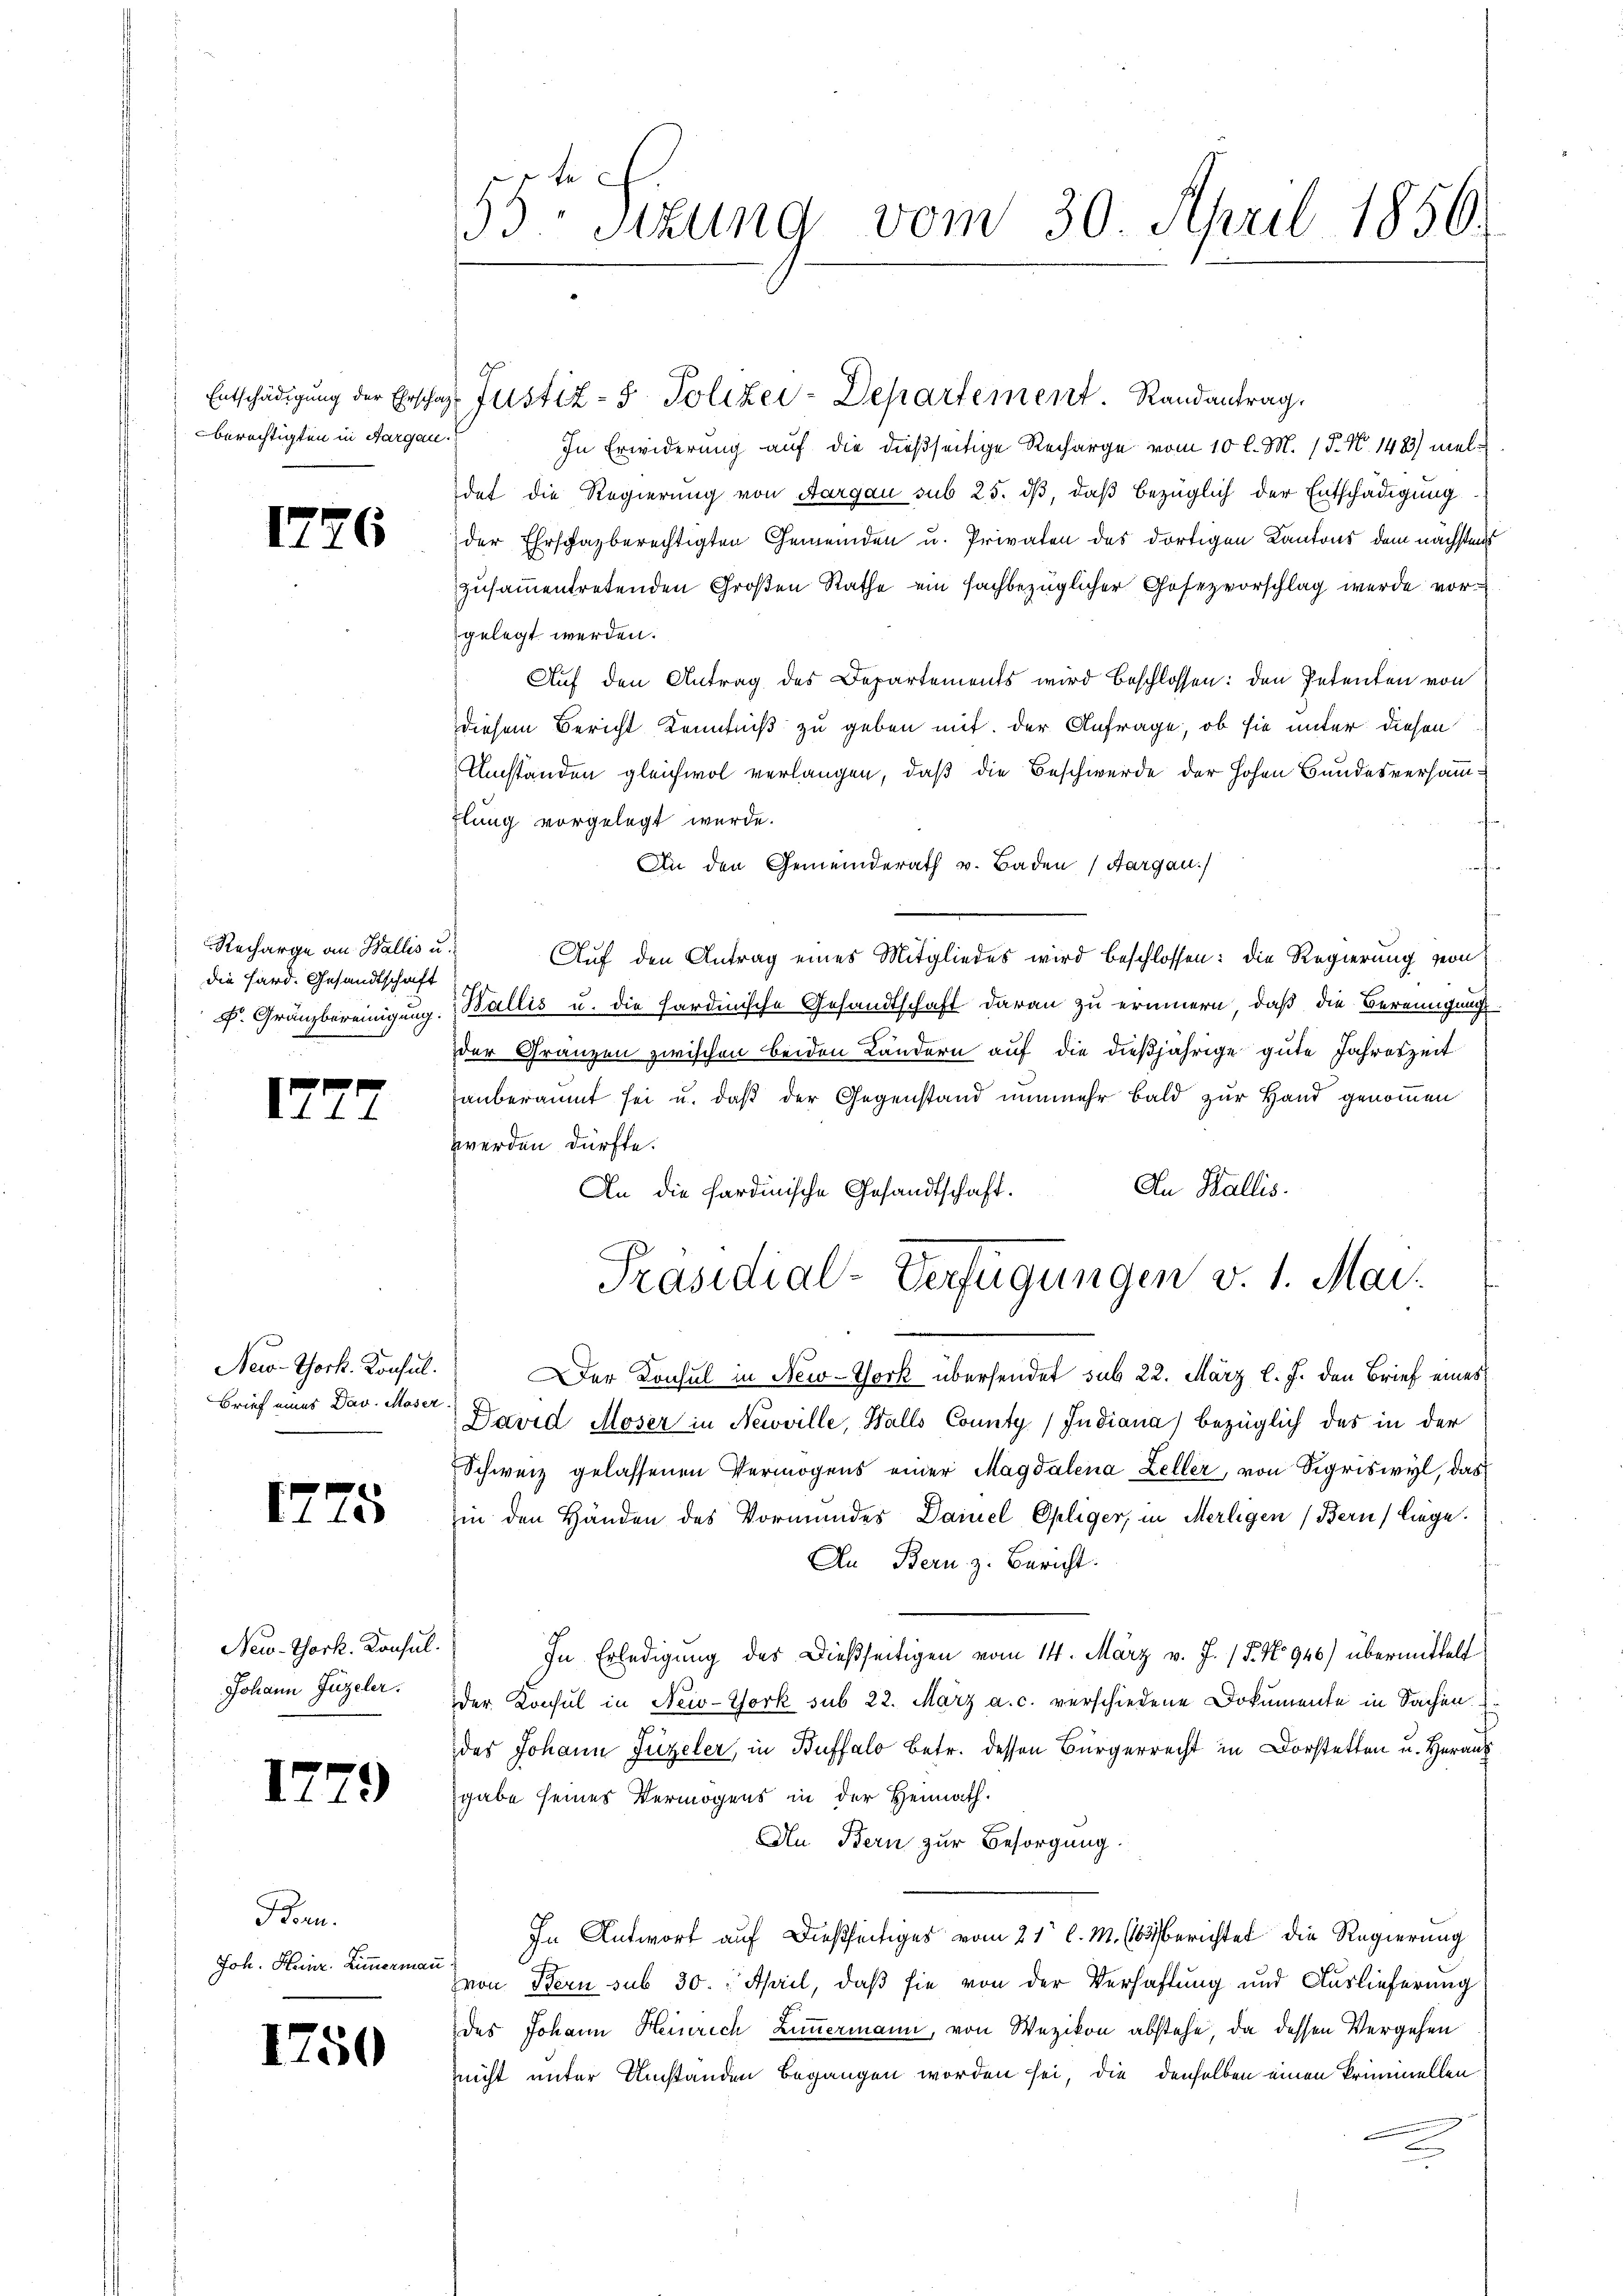
Entschädigung der Ehrschaf
berechtigten in Aargau.

1776

Recharge an Wallis u.
die Sard. Gesandtschaft
F. Gränzbereinigung.

172

2

New-York. Konsul.
Brief eines Dav. Moser

5

New-York. Konsul
Johann Jüzeler.

2)

Bonn.
Joh. Heinr. Zimmermann

1750

55 Sitzung vom 30. April 1856

In Erwiderung auf die dießseitige Recharge vom 10 l. M. (§. N. 1483) meldet die Regierung von Aargau sub 25. dβ, daß bezüglich der Entschädigung
der Ehrschazberechtigten Gemeinden u. Privaten des dortigen Kantons dem nächstens
zusammentretenden Großen Rathe ein sachbezüglicher Gofezvorschlag werde vorgelegt werden.
Auf den Antrag des Departements wird beschlossen: den Petenten von
diesem Bericht Kenntniß zu geben mit der Anfrage, ob sie unter diesen
Umständen gleichwol verlangen, daß die Beschwerde der Hohen Bundesversammflung vorgelegt wurde.
An den Gemeinderath v. Baden (Aargau)
Auf den Antrag eines Mitgliedes wird beschlossen: die Regierung von
Wallis u. die hardinische Gesandtschaft daran zu erinnern, daß die Bereinigung
der Gränzen zwischen beiden Ländern auf die dießjährige gute Jahreszeit
hauberaumt sei u. daß der Gegenstand nunmehr bald zur Hand genommen
werden dürfte.
Der Konsul in New-York übersendet sub 22. März l. J. den Brief eines
David Moser in Neuville, Walls County / Indiana) bezüglich das in der
Schweiz gelassenen Vermögens einer Magdalena Zeller, von Sigriswyl, das
hin den Händen des Vormundes Dainel Ohliger, in Merligen (Bern liege.
An Bern z. Bericht.
In Erledigung des Dießseitigen vom 14. März v. J. 15. No 940) übermittelt
der Konsul in New-York sub 22. März a. c. verschiedene Dokumente in Sachen.
des Johann Füzeler, in Buffalo Betr. dessen Bürgerrecht in Dorsee u. Herau
gabe seines Vermögens in der Heimath.
An Bern zur Besorgung
In Antwort auf dießseitiges vom 21t l. M. (63 berichtet die Regierung
Zvon Bern sub 30. April, daß sie von der Verhaftung und Auslieferung
des Johann Heinrich Zimmermann, von Wezikon abstehe, da dessen Vergehen
nnicht unter Umständen begangen worden sei, die denselben einen Primmellen.

Justiz- & Polizei-Departement. Randantrag.

An Wallis.
An die Fardinische Gesandtschaft.
Präsidial-Verfügungen v. 1. Mai.